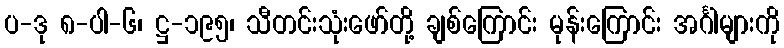
ပ-ဒု ၈-ပါ-၆၊ ဋ္ဌ-၁၉၅၊ သီတင်းသုံးဖော်တို့ ချစ်ကြောင်း မုန်းကြောင်း အင်္ဂါများကို